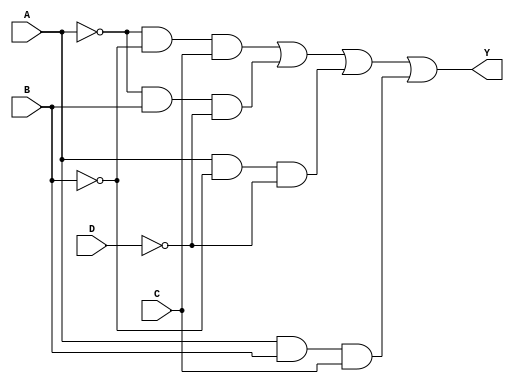
module sop_simplification (
    input wire A,    // Input A
    input wire B,    // Input B
    input wire C,    // Input C
    input wire D,    // Input D
    output wire Y    // Output Y
);

// Intermediate signals for product terms
wire term1; // A'B'C
wire term2; // A'BC'
wire term3; // AB'D'
wire term4; // ABC

// Implementing the product terms using AND gates
assign term1 = ~A & ~B & C;  // A'B'C
assign term2 = ~A & B & ~D;  // A'BC'
assign term3 = A & ~B & ~D;  // AB'D'
assign term4 = A & B & C;    // ABC

// Combining the product terms using OR gate
assign Y = term1 | term2 | term3 | term4; // Y = term1 + term2 + term3 + term4

endmodule